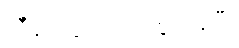
ညှီနံ့တွေတောင် စွဲကုန်ပြီ။